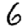
Digit: 6